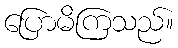
ပြောမိကြသည်။